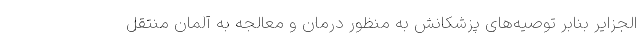
الجزایر بنابر توصیه‌های پزشکانش به منظور درمان و معالجه به آلمان منتقل